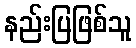
နည်းပြဖြစ်သူ